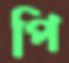
পি